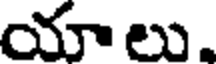
యాలు.